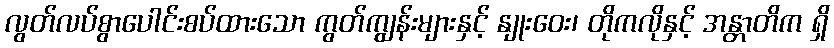
လွတ်လပ်စွာပေါင်းစပ်ထားသော ကွတ်ကျွန်းများနှင့် နျုးဝေး၊ တိုကလိုနှင့် အန္တာတိက ရှိ